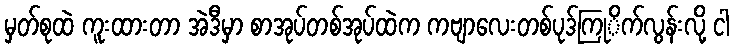
မှတ်စုထဲ ကူးထားတာ အဲဒီမှာ စာအုပ်တစ်အုပ်ထဲက ကဗျာလေးတစ်ပုဒ်ကြုိက်လွန်းလို့ ငါ